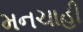
મનચાહી